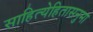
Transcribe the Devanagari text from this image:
साहित्येहितासनुमा